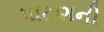
પાટણની